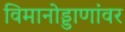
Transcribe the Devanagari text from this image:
विमानोड्डाणांवर